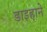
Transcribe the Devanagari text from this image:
डाइहाने